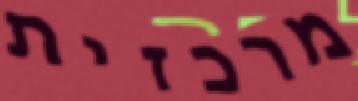
מרכזית